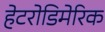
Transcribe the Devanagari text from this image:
हेटरोडिमेरिक